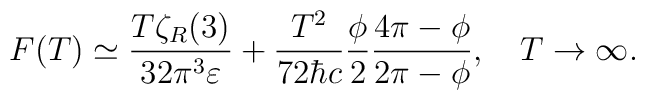
F(T)\simeq \frac{T\zeta_R(3)}{32 \pi^3 \varepsilon}+\frac{T^2}{72\hbar c} \frac{\phi}{2}\frac{4\pi -\phi}{2\pi -\phi}, \quad T\to\infty {.}